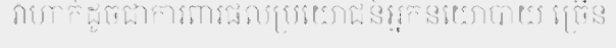
វាហាក់ដូចជាការពារផលប្រយោជន៍អ្នកនយោបាយ ច្រើន